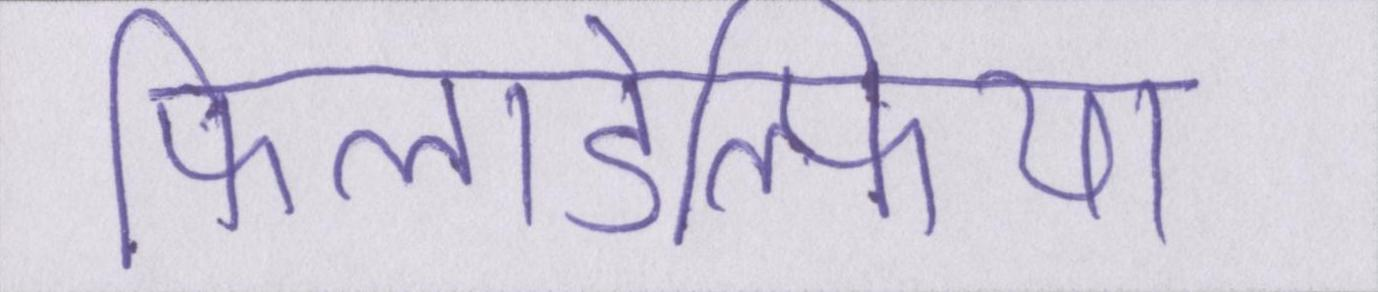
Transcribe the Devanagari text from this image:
फिलाडेल्फिया